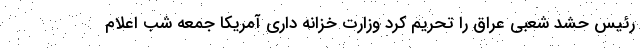
رئیس حشد شعبی عراق را تحریم کرد وزارت خزانه داری آمریکا جمعه شب اعلام